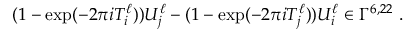
( 1 - \exp ( - 2 \pi i T _ { i } ^ { \ell } ) ) U _ { j } ^ { \ell } - ( 1 - \exp ( - 2 \pi i T _ { j } ^ { \ell } ) ) U _ { i } ^ { \ell } \in \Gamma ^ { 6 , 2 2 } ~ .